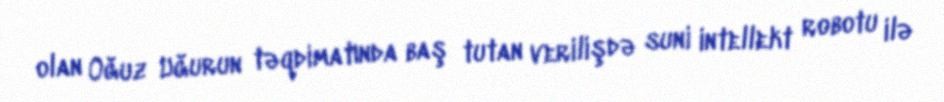
olan Oğuz Uğurun təqdimatında baş tutan verilişdə suni intellekt robotu ilə